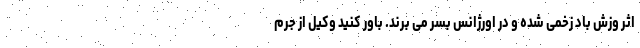
اثر وزش باد زخمی شده و در اورژانس بسر می برند. باور کنید وکیل از جرم